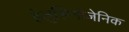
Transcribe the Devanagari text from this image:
हेलुसिनोजेनिक